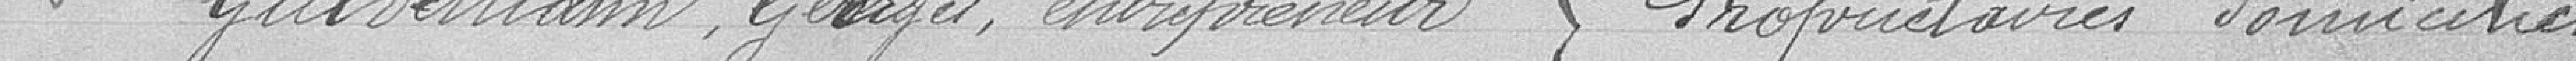
Troisième : Guldemann Georges, entrepreneur    (Propriétaires domiciliés